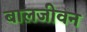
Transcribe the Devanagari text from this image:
बालजीवन